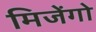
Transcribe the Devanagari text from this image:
मिजेंगो